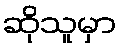
ဆိုသူမှာ